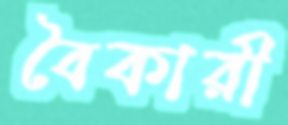
বৈকারী